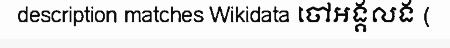
description matches Wikidata ចៅអង្គលង (